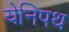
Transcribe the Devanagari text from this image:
येनिपथ